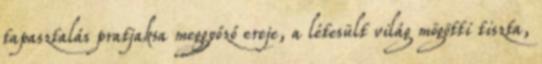
tapasztalás pratjaksa meggyőző ereje, a létesült világ mögötti tiszta,